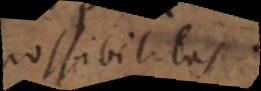
possibilitas.